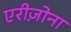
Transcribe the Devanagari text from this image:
एरीज़ोना